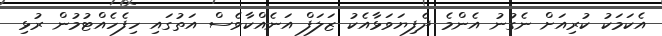
އެކަމަކު ކުރިއަށް ނެގުނު އެންމެ ދެފިޔަވަޅާއެކު ޒަލަފް އަނެއްކާވެސް އަތުގައި ހިފެހެއްޓުމުން ރުޅި